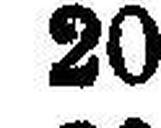
20